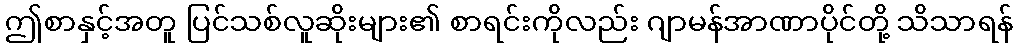
ဤစာနှင့်အတူ ပြင်သစ်လူဆိုးများ၏ စာရင်းကိုလည်း ဂျာမန်အာဏာပိုင်တို့ သိသာရန်